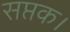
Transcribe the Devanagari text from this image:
सप्तक।